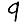
Digit: 9